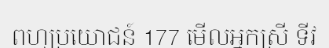
ពហុប្រយោជន៍ 177 មើលអ្នកស្រី ទីវ